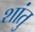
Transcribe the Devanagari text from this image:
शांतु